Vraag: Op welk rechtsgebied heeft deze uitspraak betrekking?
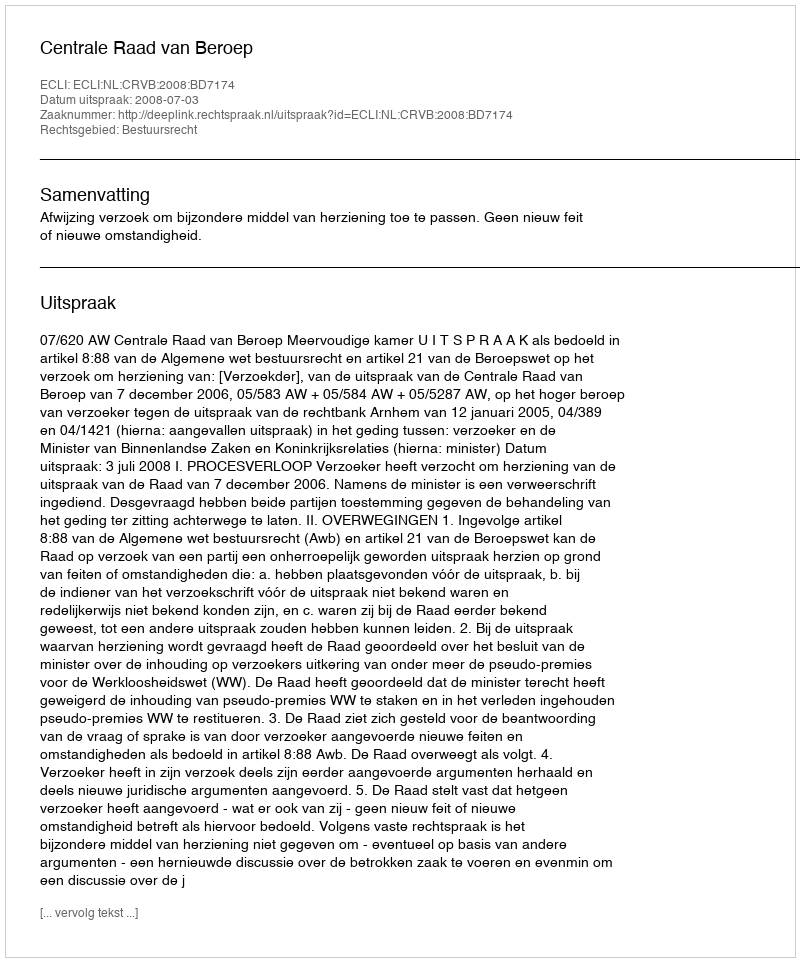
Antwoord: Bestuursrecht